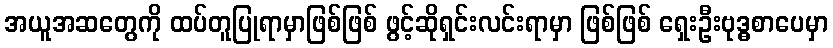
အယူအဆတွေကို ထပ်တူပြုရာမှာဖြစ်ဖြစ် ဖွင့်ဆိုရှင်းလင်းရာမှာ ဖြစ်ဖြစ် ရှေးဦးဗုဒ္ဓစာပေမှာ